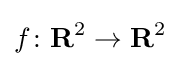
f\colon \mathbf {R} ^{2}\to \mathbf {R} ^{2}